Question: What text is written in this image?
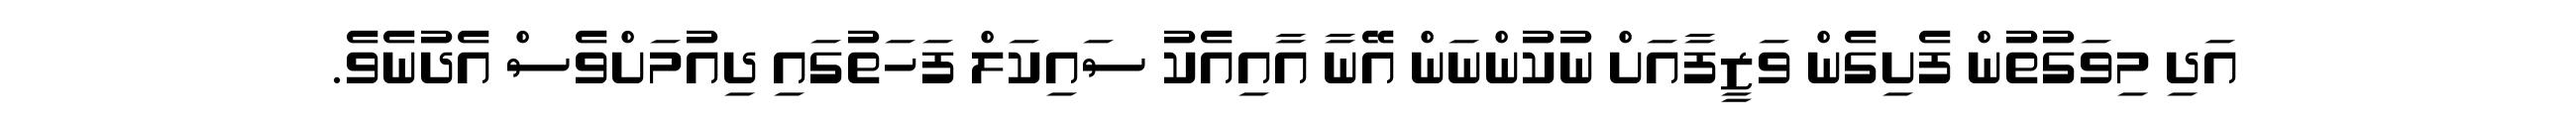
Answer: އަދި މިވަގުތުން ފެށިގެން ވަޒީފާއަށް ނުކުންނަން އޭނާ އާއިއެކު ސައިކަލް ފަހަތުގައި ދިއުމަށްވެސް އެދުނެވެ.